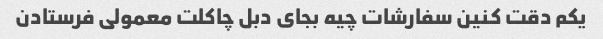
یکم دقت کنین سفارشات چیه بجای دبل چاکلت معمولی فرستادن